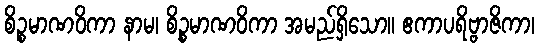
စိဉ္စမာဏဝိကာ နာမ၊ စိဉ္စမာဏဝိကာ အမည်ရှိသော။ ဧကာပရိဗ္ဗာဇိကာ၊